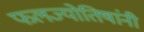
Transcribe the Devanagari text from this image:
फलज्योतिषांनी